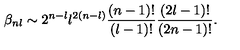
\beta _ { n l } \sim 2 ^ { n - l } l ^ { 2 ( n - l ) } \frac { ( n - 1 ) ! } { ( l - 1 ) ! } \frac { ( 2 l - 1 ) ! } { ( 2 n - 1 ) ! } .